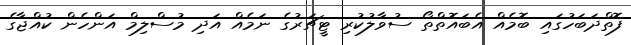
ފޮތްދަބަހުގައި ބޮމެއް އެބައޮތްތޯ ސުވާލުކުރި ޓީޗަރުގެ ނަމެއް އަދި މުސްލިމް އަންހެން ކުއްޖާގެ